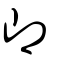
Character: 卽